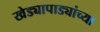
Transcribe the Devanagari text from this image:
खेड्यापाड्यांच्या